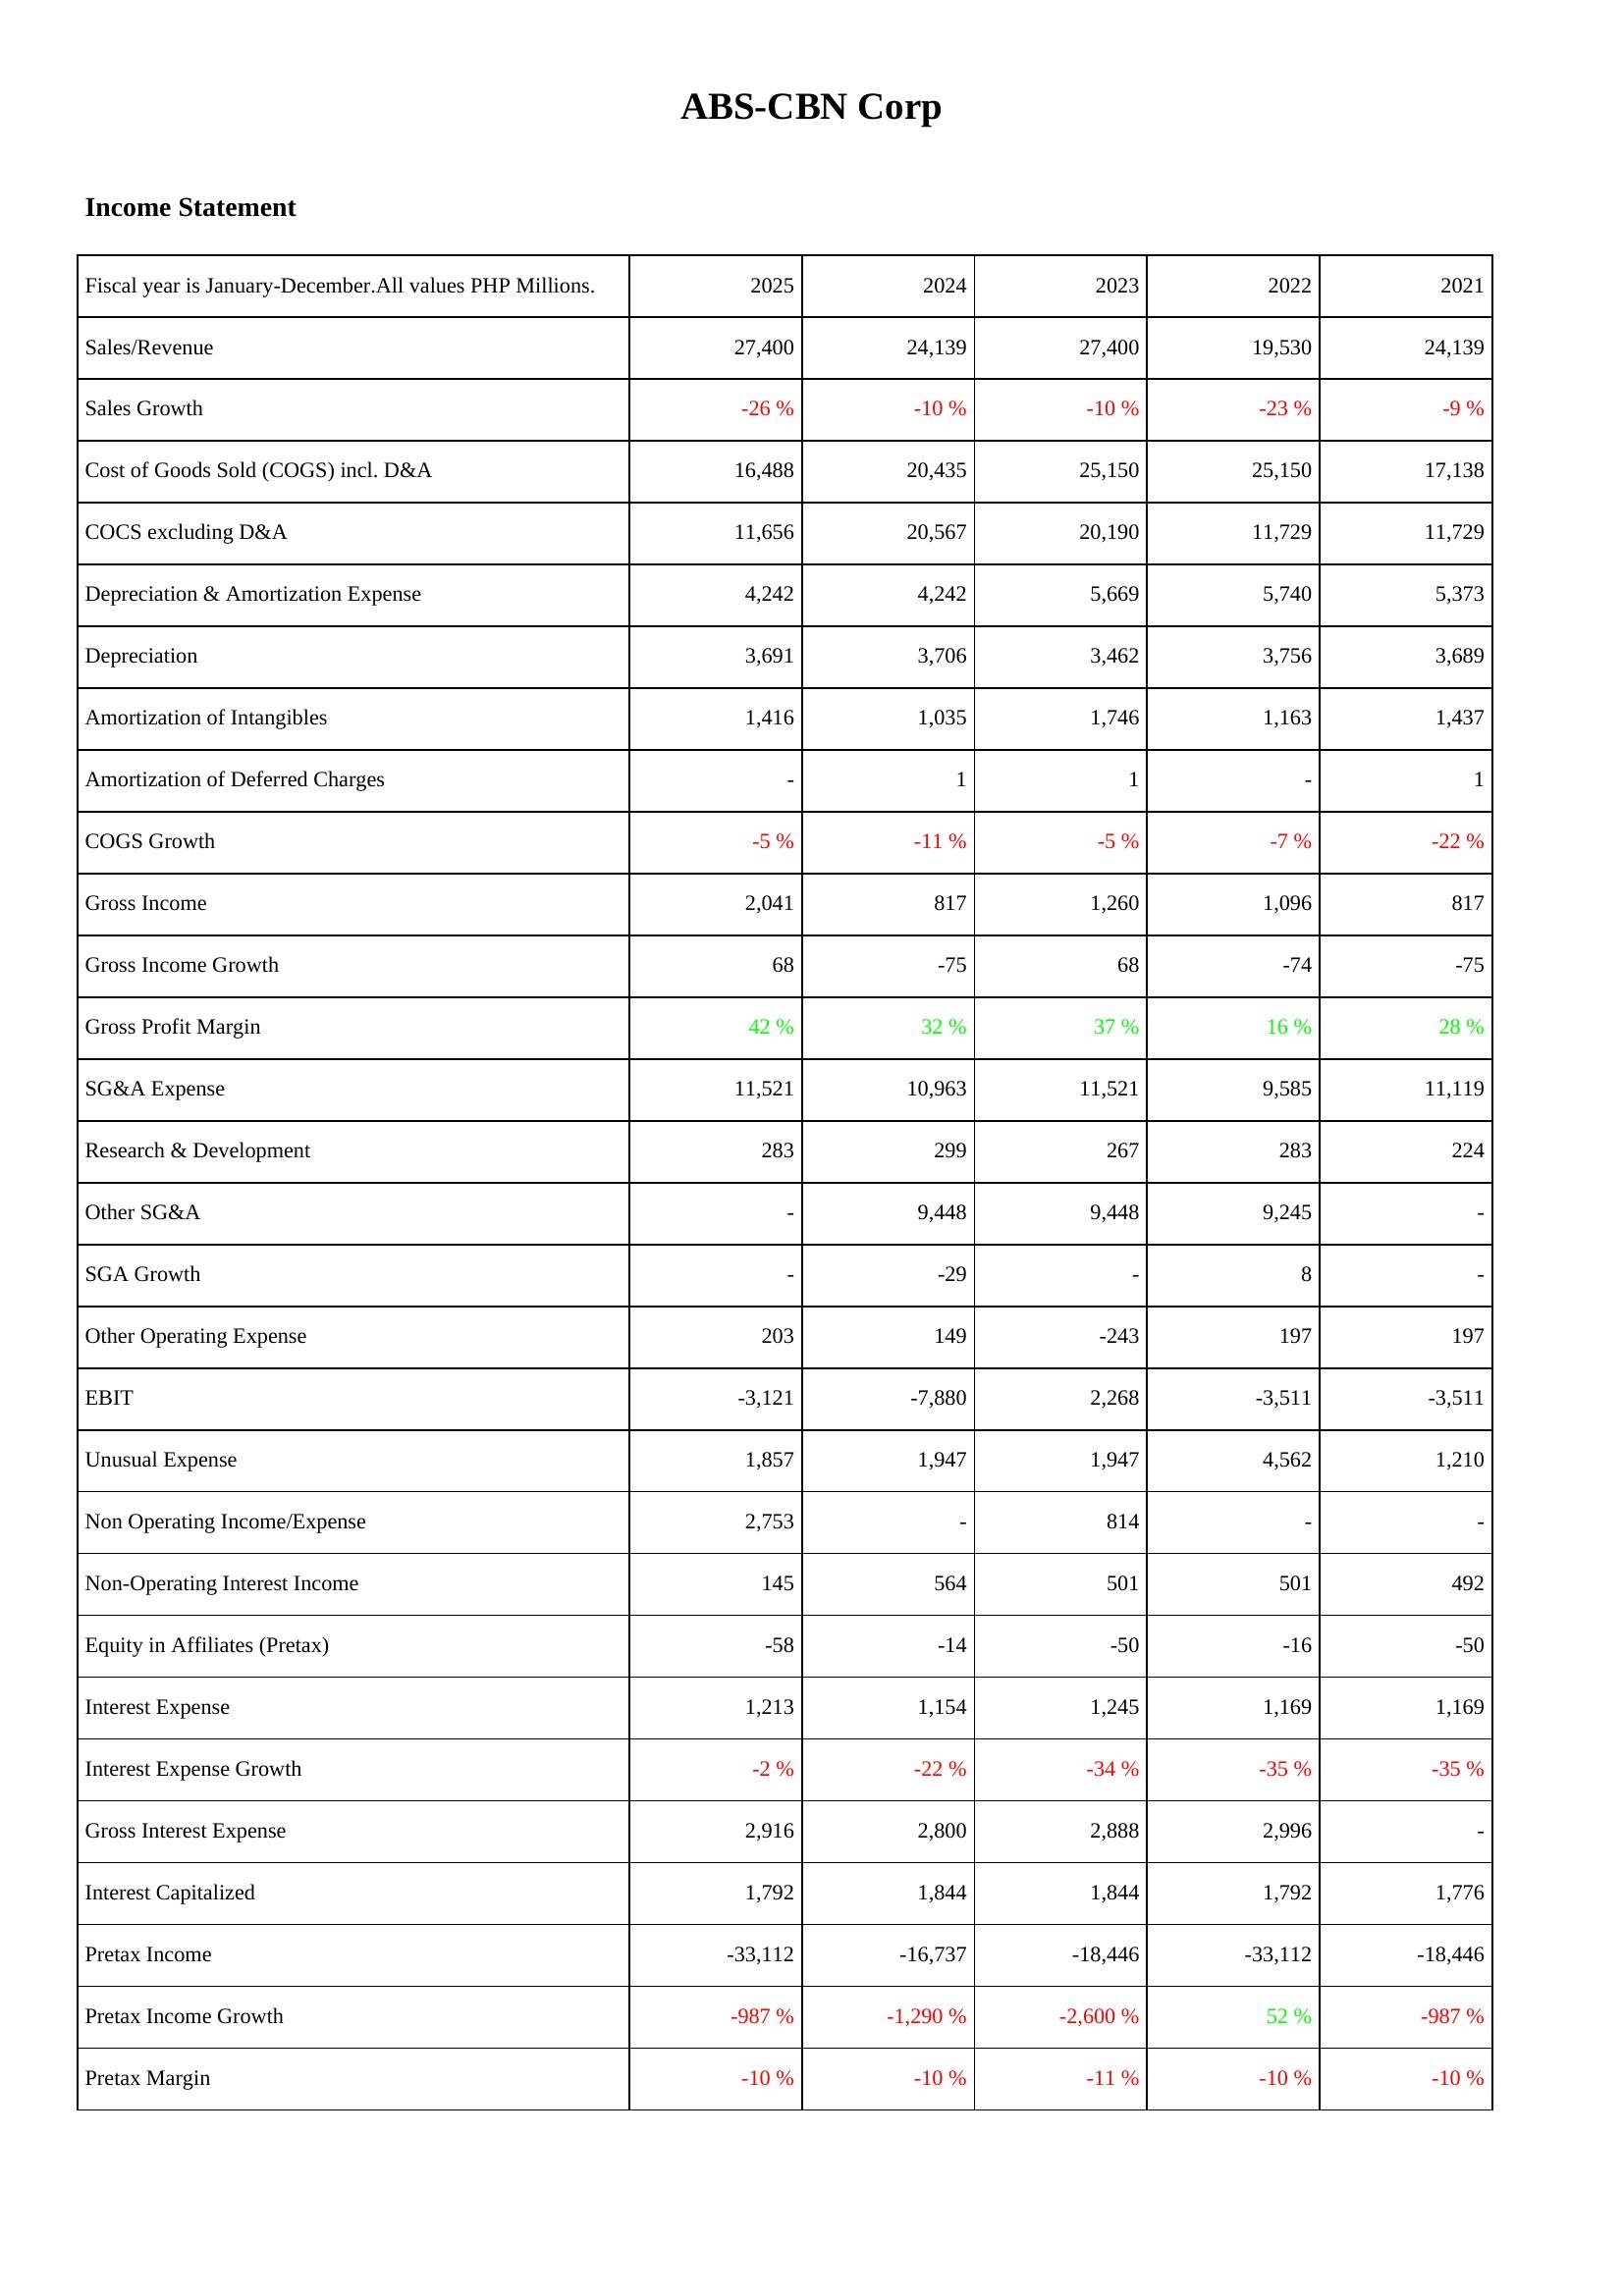
2025: Income Statement: Sales/Revenue: 27,400
Sales Growth: -26 %
Cost of Goods Sold (COGS) incl. D&A: 16,488
COCS excluding D&A: 11,656
Depreciation & Amortization Expense: 4,242
Depreciation: 3,691
Amortization of Intangibles: 1,416
Amortization of Deferred Charges: -
COGS Growth: -5 %
Gross Income: 2,041
Gross Income Growth: 68
Gross Profit Margin: 42 %
SG&A Expense: 11,521
Research & Development: 283
Other SG&A: -
SGA Growth: -
Other Operating Expense: 203
EBIT: -3,121
Unusual Expense: 1,857
Non Operating Income/Expense: 2,753
Non-Operating Interest Income: 145
Equity in Affiliates (Pretax): -58
Interest Expense: 1,213
Interest Expense Growth: -2 %
Gross Interest Expense: 2,916
Interest Capitalized: 1,792
Pretax Income: -33,112
Pretax Income Growth: -987 %
Pretax Margin: -10 %
2024: Income Statement: Sales/Revenue: 24,139
Sales Growth: -10 %
Cost of Goods Sold (COGS) incl. D&A: 20,435
COCS excluding D&A: 20,567
Depreciation & Amortization Expense: 4,242
Depreciation: 3,706
Amortization of Intangibles: 1,035
Amortization of Deferred Charges: 1
COGS Growth: -11 %
Gross Income: 817
Gross Income Growth: -75
Gross Profit Margin: 32 %
SG&A Expense: 10,963
Research & Development: 299
Other SG&A: 9,448
SGA Growth: -29
Other Operating Expense: 149
EBIT: -7,880
Unusual Expense: 1,947
Non Operating Income/Expense: -
Non-Operating Interest Income: 564
Equity in Affiliates (Pretax): -14
Interest Expense: 1,154
Interest Expense Growth: -22 %
Gross Interest Expense: 2,800
Interest Capitalized: 1,844
Pretax Income: -16,737
Pretax Income Growth: -1,290 %
Pretax Margin: -10 %
2023: Income Statement: Sales/Revenue: 27,400
Sales Growth: -10 %
Cost of Goods Sold (COGS) incl. D&A: 25,150
COCS excluding D&A: 20,190
Depreciation & Amortization Expense: 5,669
Depreciation: 3,462
Amortization of Intangibles: 1,746
Amortization of Deferred Charges: 1
COGS Growth: -5 %
Gross Income: 1,260
Gross Income Growth: 68
Gross Profit Margin: 37 %
SG&A Expense: 11,521
Research & Development: 267
Other SG&A: 9,448
SGA Growth: -
Other Operating Expense: -243
EBIT: 2,268
Unusual Expense: 1,947
Non Operating Income/Expense: 814
Non-Operating Interest Income: 501
Equity in Affiliates (Pretax): -50
Interest Expense: 1,245
Interest Expense Growth: -34 %
Gross Interest Expense: 2,888
Interest Capitalized: 1,844
Pretax Income: -18,446
Pretax Income Growth: -2,600 %
Pretax Margin: -11 %
2022: Income Statement: Sales/Revenue: 19,530
Sales Growth: -23 %
Cost of Goods Sold (COGS) incl. D&A: 25,150
COCS excluding D&A: 11,729
Depreciation & Amortization Expense: 5,740
Depreciation: 3,756
Amortization of Intangibles: 1,163
Amortization of Deferred Charges: -
COGS Growth: -7 %
Gross Income: 1,096
Gross Income Growth: -74
Gross Profit Margin: 16 %
SG&A Expense: 9,585
Research & Development: 283
Other SG&A: 9,245
SGA Growth: 8
Other Operating Expense: 197
EBIT: -3,511
Unusual Expense: 4,562
Non Operating Income/Expense: -
Non-Operating Interest Income: 501
Equity in Affiliates (Pretax): -16
Interest Expense: 1,169
Interest Expense Growth: -35 %
Gross Interest Expense: 2,996
Interest Capitalized: 1,792
Pretax Income: -33,112
Pretax Income Growth: 52 %
Pretax Margin: -10 %
2021: Income Statement: Sales/Revenue: 24,139
Sales Growth: -9 %
Cost of Goods Sold (COGS) incl. D&A: 17,138
COCS excluding D&A: 11,729
Depreciation & Amortization Expense: 5,373
Depreciation: 3,689
Amortization of Intangibles: 1,437
Amortization of Deferred Charges: 1
COGS Growth: -22 %
Gross Income: 817
Gross Income Growth: -75
Gross Profit Margin: 28 %
SG&A Expense: 11,119
Research & Development: 224
Other SG&A: -
SGA Growth: -
Other Operating Expense: 197
EBIT: -3,511
Unusual Expense: 1,210
Non Operating Income/Expense: -
Non-Operating Interest Income: 492
Equity in Affiliates (Pretax): -50
Interest Expense: 1,169
Interest Expense Growth: -35 %
Gross Interest Expense: -
Interest Capitalized: 1,776
Pretax Income: -18,446
Pretax Income Growth: -987 %
Pretax Margin: -10 %